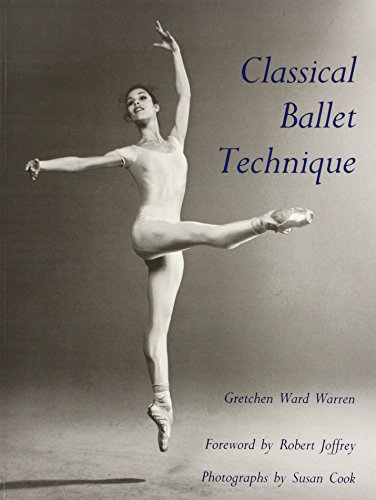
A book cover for Classical Ballet Technique; Gretchen W. Warren; Humor & Entertainment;